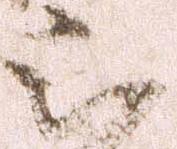
被